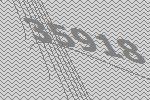
35918